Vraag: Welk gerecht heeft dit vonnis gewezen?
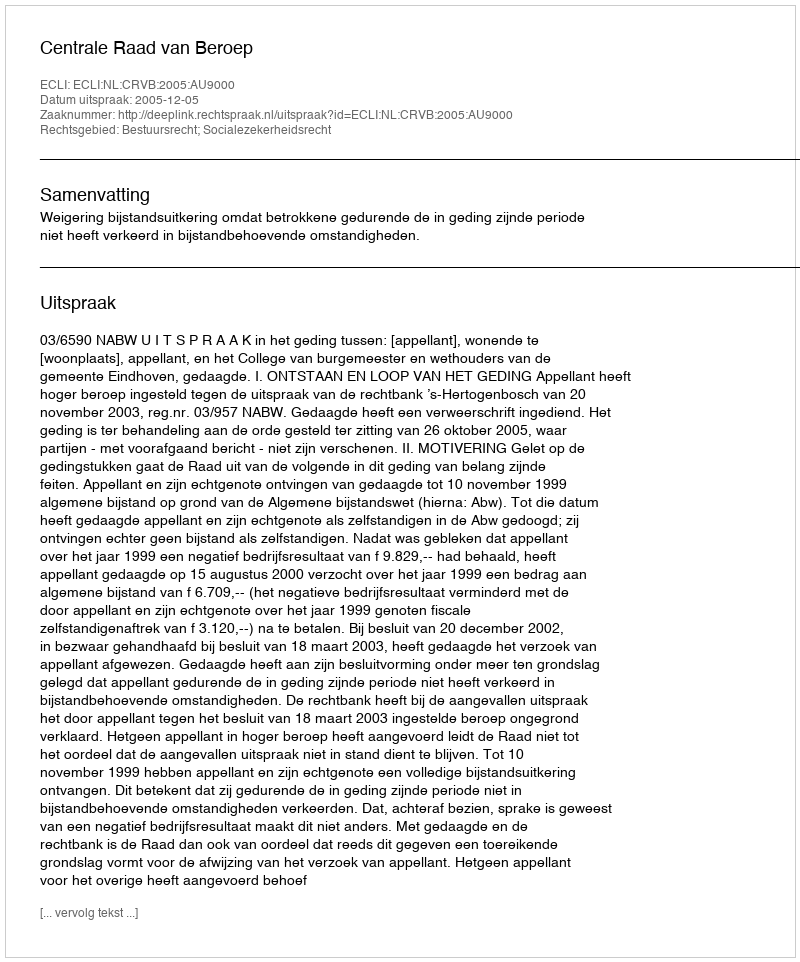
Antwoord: Centrale Raad van Beroep